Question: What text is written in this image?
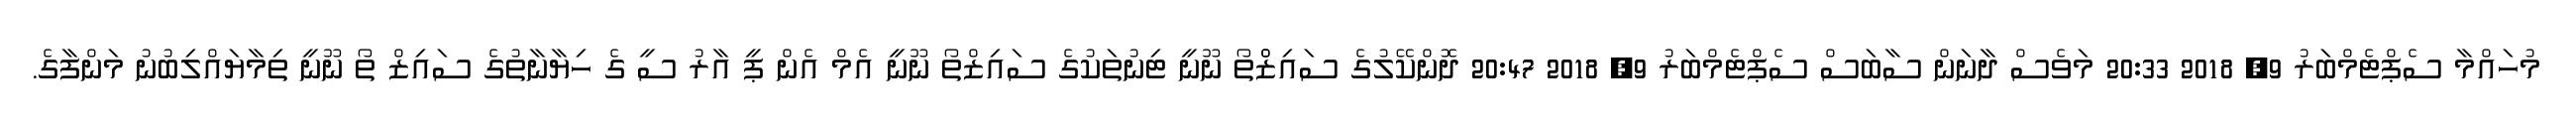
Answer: މުހައްމާ ސެޕްޓެމްބަރު 9, 2018 20:33 މަވެސް ދާނަން ސާބަސް ސެޕްޓެމްބަރު 9, 2018 20:47 ދޮންކޭލުގެ ސައިޒްްތޯ ނޫނީ ޓިނުތަކުގެ ސައިޒްތޯ ނޫނީ އެމް އެން ޕީ އާރު ސީ ގެ ހިޔާނާތުގެ ސައިޒް ތޯ ނޫނީ ތިމާޔައްލިބުނު މަންފާގެ.